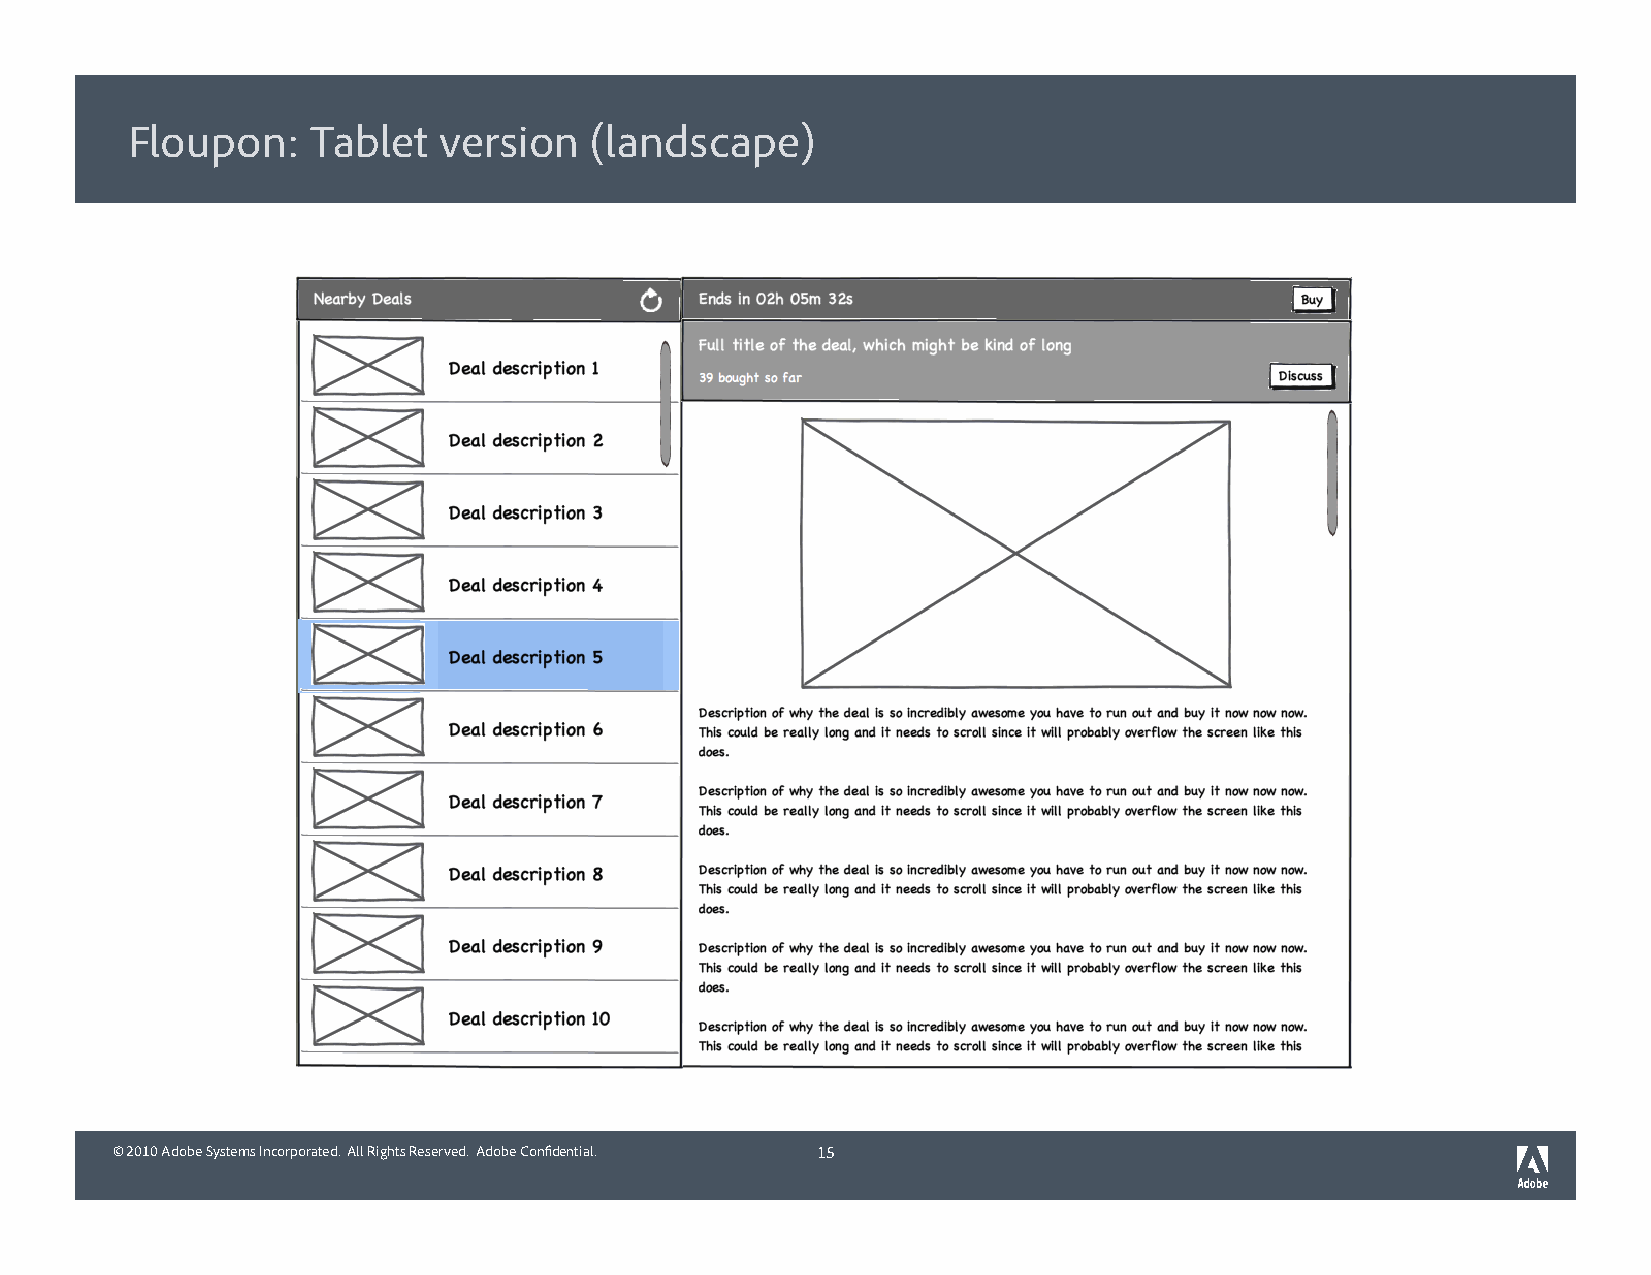
Floupon:     Tablet  version   (landscape)
 © 2010 Adobe Systems Incorporated. All Rights Reserved. Adobe Confidential. 15